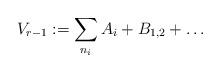
LaTeX: \begin{align*} V_{r-1}:= \sum_{n_{i}} A_{i} + B_{1,2} + \dots \end{align*}